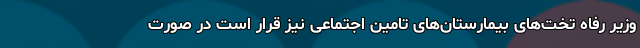
وزیر رفاه تخت‌های بیمارستان‌های تامین اجتماعی نیز قرار است در صورت